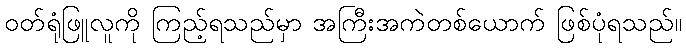
ဝတ်ရုံဖြူလူကို ကြည့်ရသည်မှာ အကြီးအကဲတစ်ယောက် ဖြစ်ပုံရသည်။